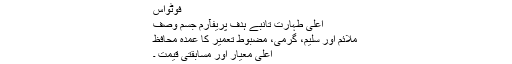
فوٹواس
اعلی طہارت تانبے ہدف پریفآرم جسم وصف
ملائم اور سلیم، گرمی، مضبوط تعمیر کا عمدہ محافظ
اعلی معیار اور مسابقتی قیمت ۔